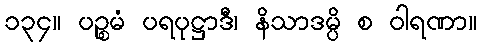
၁၃၄။ ပဉ္စမံ ပရပုဋ္ဌာဒီ၊ နိသာဒမ္ပိ စ ဝါရဏာ။